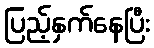
ပြည့်နှက်နေပြီး